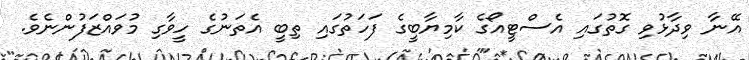
އޭނާ ވިދާޅުވި ގޮތުގައި އެސްޓީއޯގެ ކާމިޔާބީގެ ފަހަތުގައި ތިބީ އެތަނުގެ ހީވާގި މުވައްޒަފުންނެވެ.